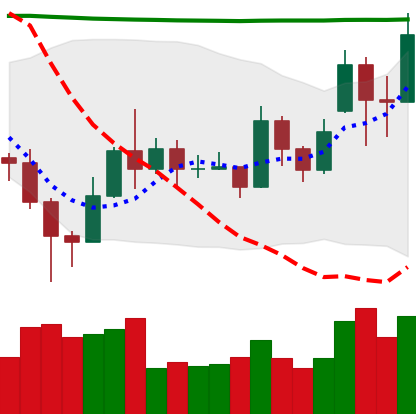
Ticker: EOS-USD
Chart end date: 2020-11-20
Forward return: 23.919%
Label: up_7plus